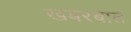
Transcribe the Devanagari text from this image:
खबरबात